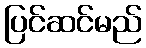
ပြင်ဆင်မည်